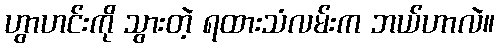
ဟွာဟင်းကို သွားတဲ့ ရထားသံလမ်းက ဘယ်ဟာလဲ။